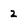
Character: 2